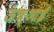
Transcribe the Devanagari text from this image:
ऊंच्आई